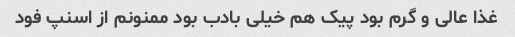
غذا عالی و گرم بود پیک هم خیلی بادب بود ممنونم از اسنپ فود